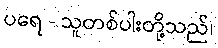
ပရေ - သူတစ်ပါးတို့သည်၊